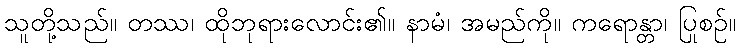
သူတို့သည်။ တဿ၊ ထိုဘုရားလောင်း၏။ နာမံ၊ အမည်ကို။ ကရောန္တာ၊ ပြုစဉ်။